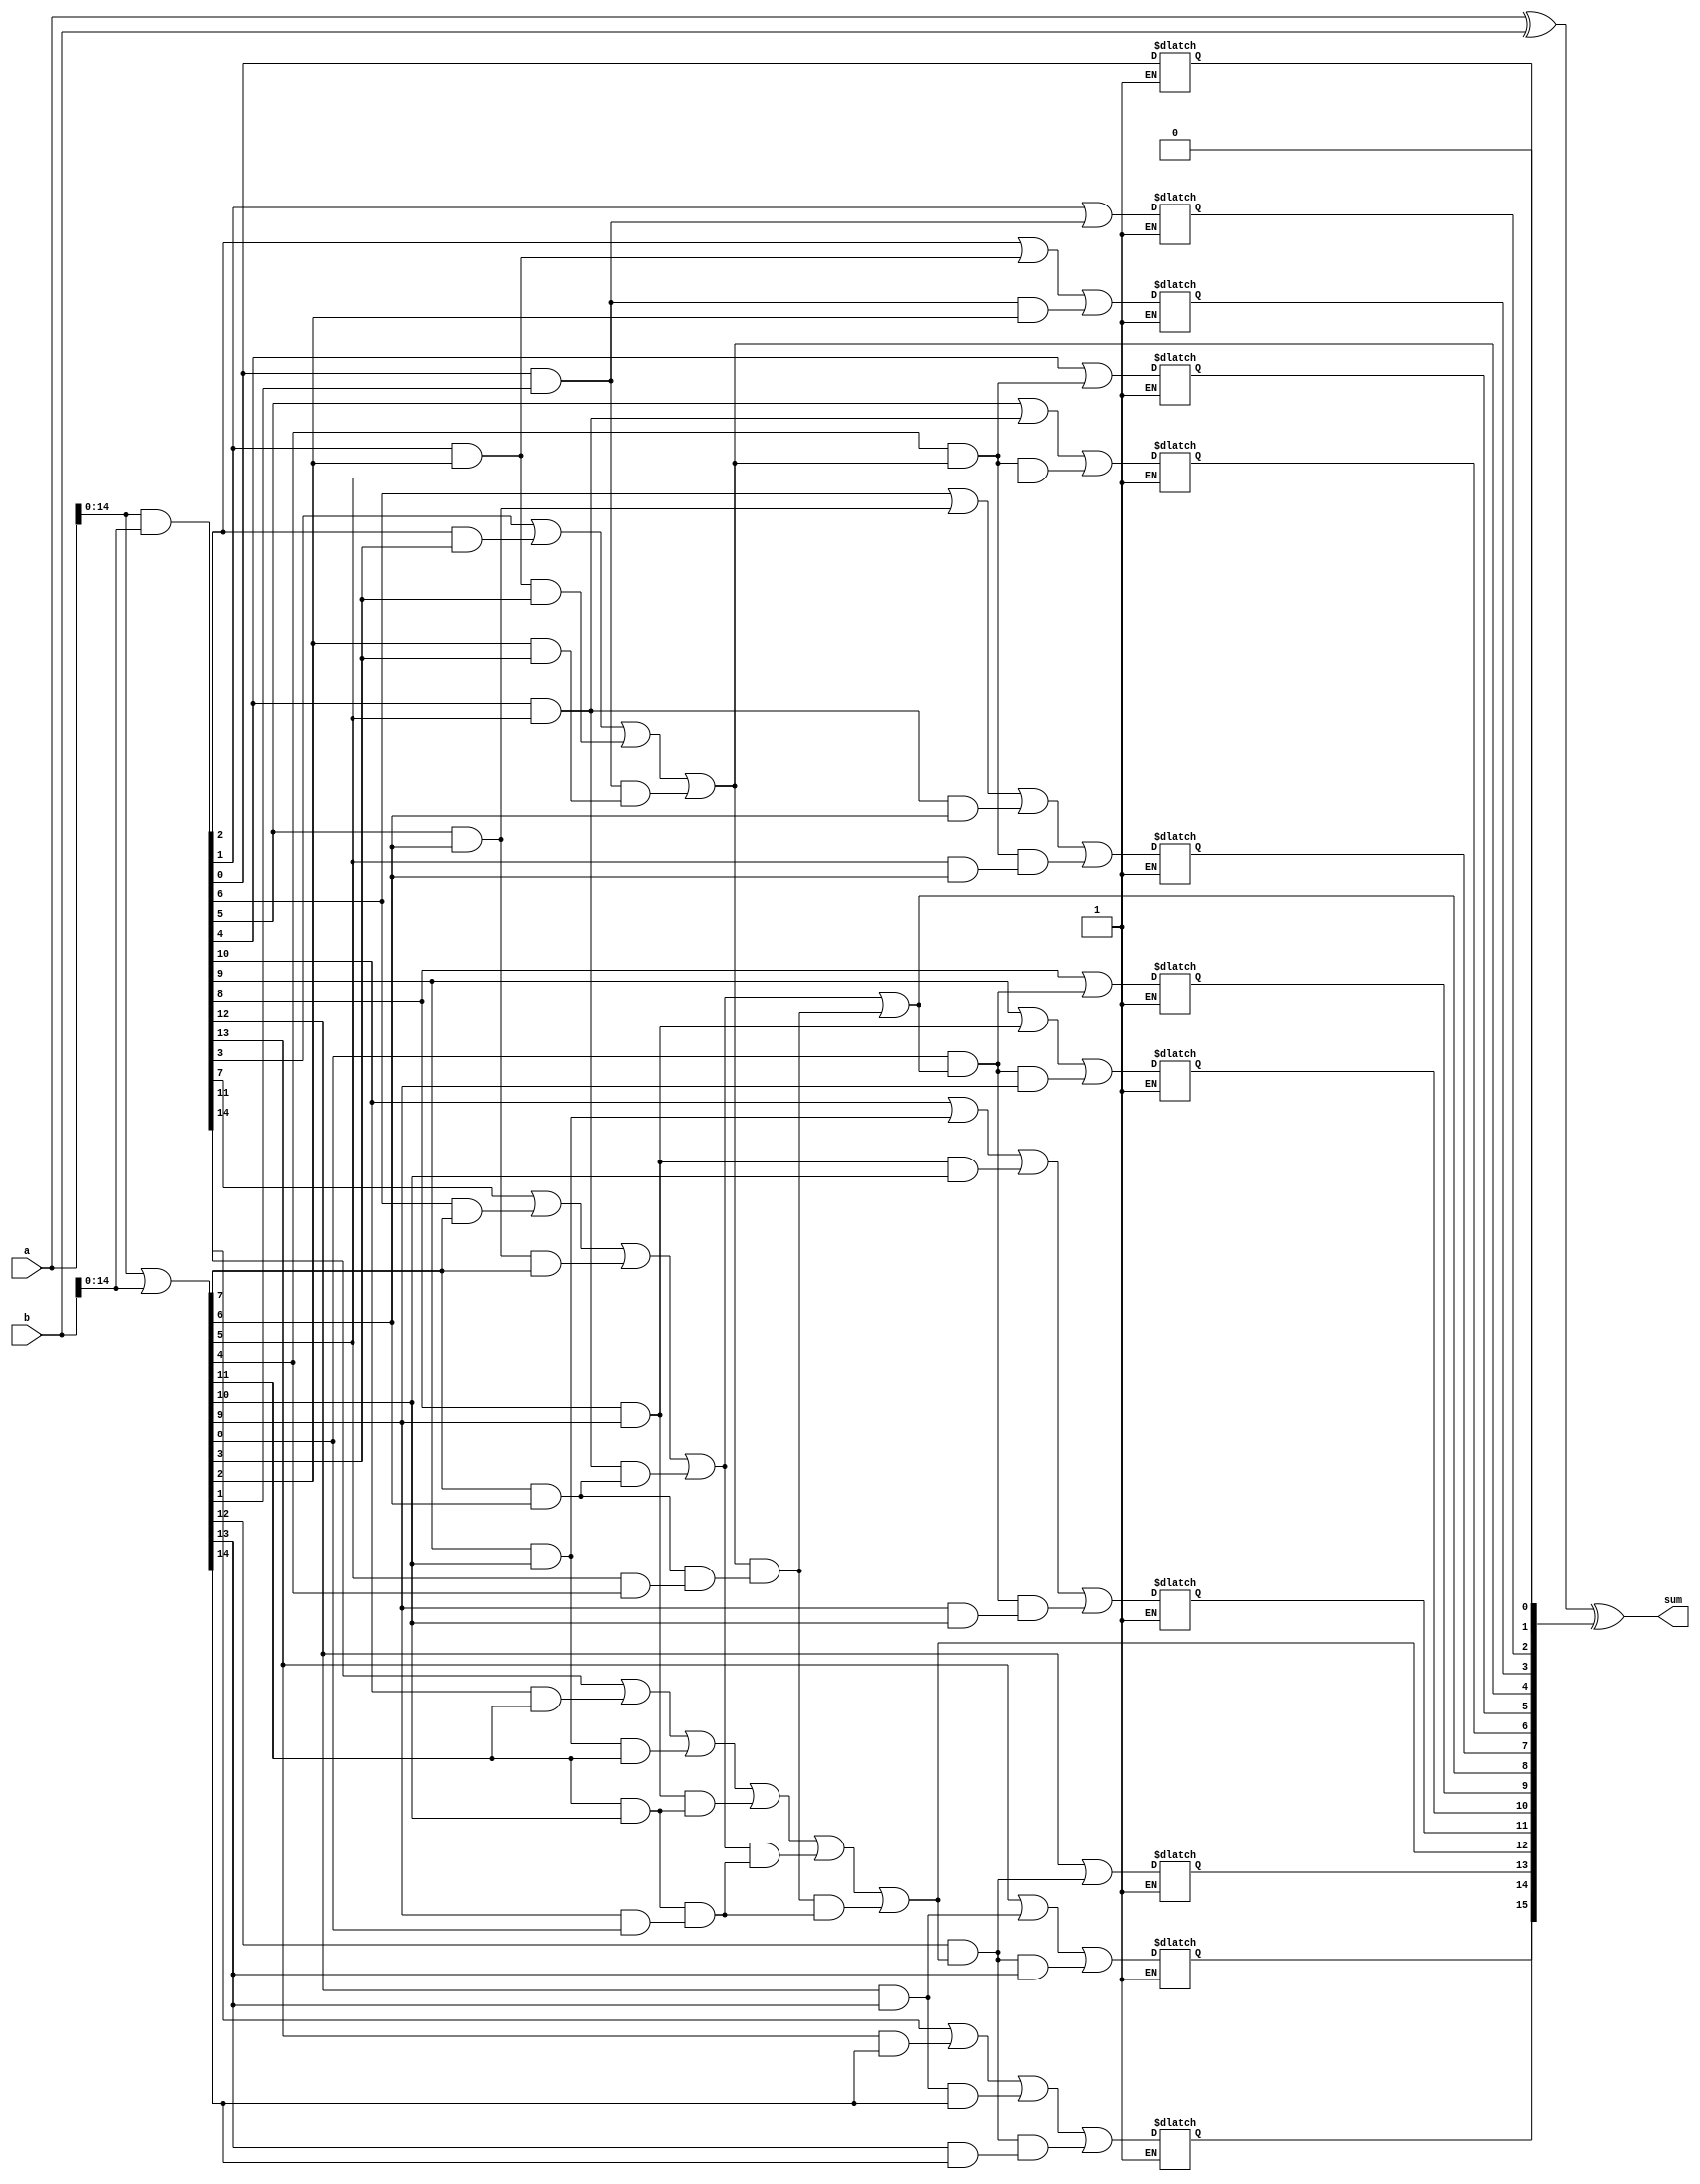
module adder (a, b, sum);
    input wire[15:0] a;
    input wire[15:0] b;
    output reg[15:0] sum;
    reg[15:0] c;
    wire [15:0] p, g;
    assign p = a | b;
    assign g = a & b;
    wire [3:0] P,G;
    assign P[0] = (p[3] & p[2]) & (p[1] & p[0]);
    assign P[1] = (p[7] & p[6]) & (p[5] & p[4]);
    assign P[2] = (p[11] & p[10]) & (p[9] & p[8]);
    assign P[3] = (p[15] & p[14]) & (p[13] & p[12]);
    assign G[0] = ((g[3] | (g[2] & p[3])) | (g[1] & p[2] & p[3])) | ((g[0] & p[1]) & (p[2] & p[3]));
    assign G[1] = ((g[7] | (g[6] & p[7])) | (g[5] & p[6] & p[7])) | ((g[4] & p[5]) & (p[6] & p[7]));
    assign G[2] = ((g[11] | (g[10] & p[11])) | (g[9] & p[10] & p[11])) | ((g[8] & p[9]) & (p[10] & p[11]));
    assign G[3] = ((g[15] | (g[14] & p[15])) | (g[13] & p[14] & p[15])) | ((g[12] & p[13]) & (p[14] & p[15]));
    wire [3:0] in;
    assign in[0] = 0;
    assign in[1] = G[0];
    assign in[2] = G[1] | (G[0] & P[1]);
    assign in[3] = (G[2] | (G[1] & P[2])) | (G[0] & P[1] & P[2]);
    integer i, j;
    always @(*) begin
        for (i = 0;i < 4; i = i + 1) begin
            j = i * 4;
            c[j] <= in[i];
            c[j+1] <= g[j] | (p[j] & in[i]);
            c[j+2] <= (g[j+1] | (g[j] & p[j+1])) | (in[i] & p[j] & p[j+1]);
            c[j+3] <= ((g[j+2] | (g[j+1] & p[j+2])) | (g[j] & p[j+1] & p[j+2])) | ((in[i] & p[j]) & (p[j+1] & p[j+2]));
        end
        sum = a ^ b ^ c;
    end 
endmodule
module half_adder(a, b, c, s1, s2);
    input wire[15:0] a;
    input wire[15:0] b;
    input wire[15:0] c;
    output wire[15:0] s1;
    output wire[15:0] s2;
    genvar i;
    generate
        for (i = 0; i < 16; i = i + 1) begin
            assign s1[i] = a[i] ^ b[i] ^ c[i];
        end
        assign s2[0] = a[0] & (~a[0]);
        for (i = 0; i < 15; i = i + 1) begin
            assign s2[i+1] = (a[i] & b[i]) | (a[i] & c[i]) | (b[i] & c[i]);
        end
    endgenerate
endmodule
module multiplier(a, b, pro);
    input wire[15:0] a;
    input wire[15:0] b;
    wire[15:0] a0, a1, a2, a3;
    wire[15:0] p[7:0];
    wire[15:0] st1[3:0];
    wire[15:0] st2[3:0];
    wire[15:0] st3[1:0];
    wire[15:0] st4[1:0];
    output wire[15:0] pro;
    adder ADD(a1, a2, a3);
    genvar i, j;
    generate
        for (i = 0; i < 16; i = i + 1) begin 
            assign a1[i] = a[i];
        end
        for (i = 0; i < 15; i = i + 1) begin
            assign a2[i+1] = a[i];
        end
        assign a2[0] = a[0] & (~a[0]);
        for (i = 0; i < 16; i = i + 1) begin
            assign a0[i] = a[i] & (~a[i]); 
        end
        for (i = 0; i < 16; i = i + 2) begin 
            for (j = 0; j < i; j = j + 1) begin
                assign p[i/2][j] = a0[j]; 
            end
            for (j = 0; j < 16; j = j + 1) begin
                if (i + j < 16) begin
                    assign p[i/2][i+j] = (a0[j] & (~b[i]) & (~b[i+1])) | (a1[j] & b[i] & (~b[i+1])) | 
                        (a2[j] & b[i+1] & (~b[i])) | (a3[j] & b[i+1] & b[i]); 
                end
            end 
        end
    endgenerate        
    half_adder hd1 (p[0], p[1], p[2], st1[0], st1[1]);
    half_adder hd2 (p[3], p[4], p[5], st1[2], st1[3]);
    half_adder hd3 (st1[0], st1[1], st1[2], st2[0], st2[1]);
    half_adder hd4 (st1[3], p[6], p[7], st2[2], st2[3]);
    half_adder hd5 (st2[0], st2[1], st2[2], st3[0], st3[1]);
    half_adder hd6 (st3[0], st3[1], st2[3], st4[0], st4[1]);
    adder GET(st4[0], st4[1], pro);
endmodule